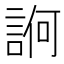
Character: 𧨂